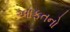
આફતનો